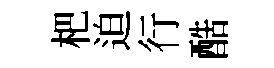
杷迫行酷